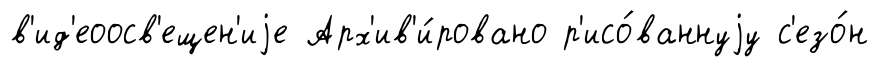
в'ид'еоосв'ещен'иjе Арх'ив'и́ровано р'исо́ваннуjу с'езо́н